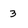
Character: 3